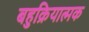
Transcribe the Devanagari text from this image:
बहुक्रियात्मक